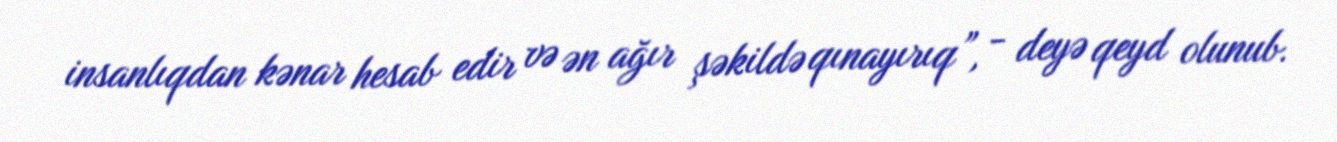
insanlıqdan kənar hesab edir və ən ağır şəkildə qınayırıq”, - deyə qeyd olunub.